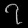
Digit: ၇